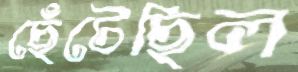
ছেঁটেছিল